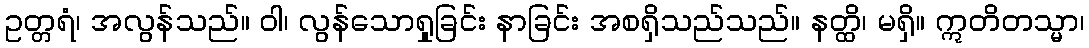
ဥတ္တရံ၊ အလွန်သည်။ ဝါ၊ လွန်သောရှုခြင်း နာခြင်း အစရှိသည်သည်။ နတ္ထိ၊ မရှိ။ ဣတိတသ္မာ၊